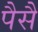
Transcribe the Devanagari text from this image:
पैसै